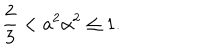
\frac 2 3 < a ^ { 2 } \alpha ^ { 2 } \leq 1 .